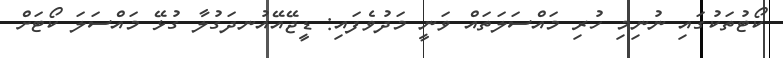
ކޯޓުތަކުގައި ނުނިމި ހުރި މައްސަލަތައް ވަނީ މަދުވެފައި: ޑީޖޭއޭއުނދަގުލާ ގުޅޭ މައްސަލަ ކޯޓަށް